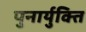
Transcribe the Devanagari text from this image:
पुनार्युक्ति